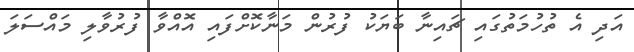
އަދި އެ ތުހުމަތުގައި ޗައިނާ ބަޔަކު ފުރުން މަނާކޮށްފައި އޮއްވާ ފުރުވާލި މައްސަލަ